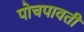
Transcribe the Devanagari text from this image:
पोचपावती